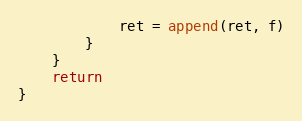
Language: Go
			ret = append(ret, f)
		}
	}
	return
}